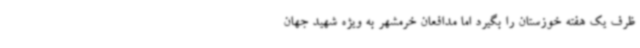
ظرف یک هفته خوزستان را بگیرد اما مدافعان خرمشهر به ویژه شهید جهان